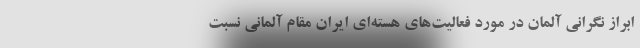
ابراز نگرانی آلمان در مورد فعالیت‌های هسته‌ای ایران مقام آلمانی نسبت